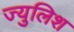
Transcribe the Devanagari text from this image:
ज्युलिश